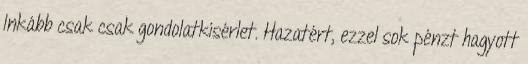
Inkább csak csak gondolatkísérlet. Hazatért, ezzel sok pénzt hagyott